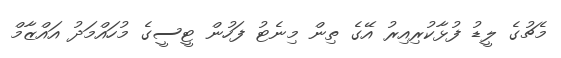
މެޗުގެ ލީޑު ފުޅާކުރިއިރު އޭގެ ތިން މިނެޓު ފަހުން ޓީސީގެ މުހައްމަދު އައްޒާމް